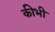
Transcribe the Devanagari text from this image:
कीभी